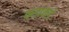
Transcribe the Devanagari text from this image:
कडाकडे